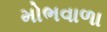
મોભવાળા